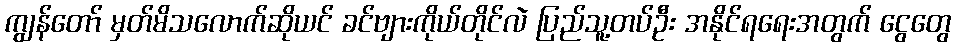
ကျွန်တော် မှတ်မိသလောက်ဆိုယင် ခင်ဗျားကိုယ်တိုင်လဲ ပြည်သူ့တပ်ဦး အနိုင်ရရေးအတွက် ငွေတွေ